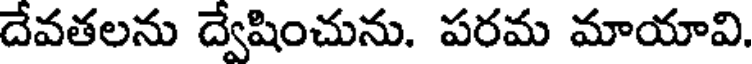
దేవతలను ద్వేషించును. పరమ మాయావి.